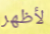
لأظهر